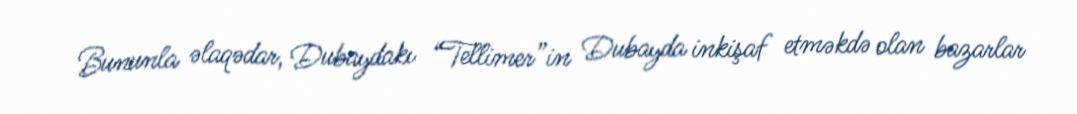
Bununla əlaqədar, Dubaydakı “Tellimer”in Dubayda inkişaf etməkdə olan bazarlar